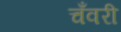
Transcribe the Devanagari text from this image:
चँवरी